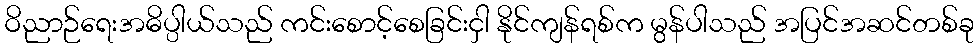
ဝိညာဉ်ရေးအဓိပ္ပါယ်သည် ကင်းစောင့်စေခြင်းငှါ နိုင်ကျန်ရစ်က မွန်ပါသည် အပြင်အဆင်တစ်ခု